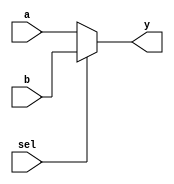
module mux21 #(
  parameter WIDTH = 32)
(
  input  [WIDTH-1:0] a, b,
  input               sel,
  output wire [WIDTH-1:0] y
);

assign y = sel ? b : a;

endmodule